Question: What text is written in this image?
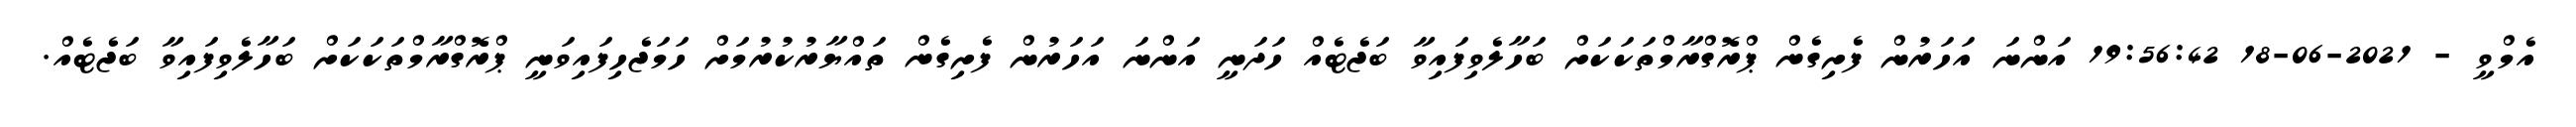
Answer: އެމްވީ - 2021-06-18 19:56:42 އަންނަ އަހަރުން ފެށިގެން ޕްރޮގްރާމްތަކަކަށް ބަހާލެވިފައިވާ ބަޖެޓެއް ހަދަނީ އަންނަ އަހަރުން ފެށިގެން ތައްޔާރުކުރުމަށް ހަމަޖެހިފައިވަނީ ޕްރޮގްރާމްތަކަކަށް ބަހާލެވިފައިވާ ބަޖެޓެއް.